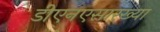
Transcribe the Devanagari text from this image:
डीएनएसारख्या